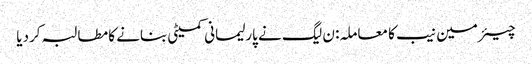
چیئرمین نیب کا معاملہ: ن لیگ نے پارلیمانی کمیٹی بنانے کا مطالبہ کردیا